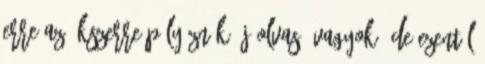
erre az ékszerre pályáznék Új olvasó vagyok, de ezentúl